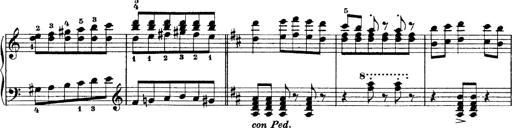
Title: Sonatina No.6
Composer: Ferruccio Busoni